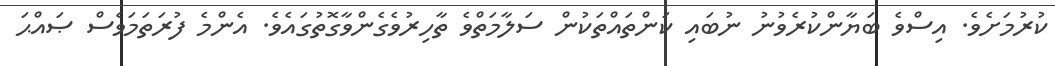
ކުރުމަށެވެ. އިސްވެ ބަޔާންކުރެވުނު ނުބައި ކަންތައްތަކުން ސަލާމަތްވެ ތާހިރުވެގެންވާގޮތުގައެވެ. އެންމެ ފުރަތަމަވެސް ޞައްޙަ